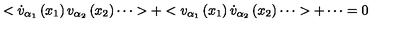
< \dot { v } _ { \alpha _ { 1 } } \left( x _ { 1 } \right) v _ { \alpha _ { 2 } } \left( x _ { 2 } \right) \cdots > + < v _ { \alpha _ { 1 } } \left( x _ { 1 } \right) \dot { v } _ { \alpha _ { 2 } } \left( x _ { 2 } \right) \cdots > + \cdots = 0